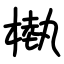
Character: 槸